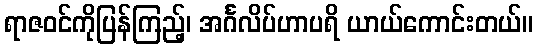
ရာဇဝင်ကိုပြန်ကြည့်၊ အင်္ဂလိပ်ဟာပရိ ယာယ်ကောင်းတယ်။